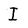
Character: I